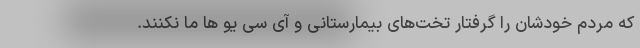
که مردم خودشان را گرفتار تخت‌های بیمارستانی و آی سی یو ها ما نکنند.